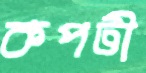
কপটী